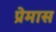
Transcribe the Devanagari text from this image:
प्रेमास